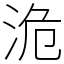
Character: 洈